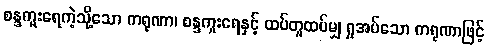
စန္ဒကူးရေကဲ့သို့သော ကရုဏာ၊ စန္ဒကူးရေနှင့် ထပ်တူထပ်မျှ ရှုအပ်သော ကရုဏာဖြင့်